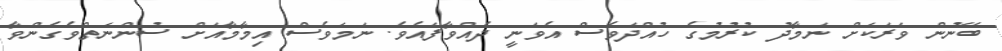
ބޭނުން ވަރަކަށް ނަމާދު ކުރުމުގެ ހުއްދަވެސް އެވަނީ ދެއްވާފައެވެ. ނަމަވެސް އިމާމާއަށް ސުންނަތްވެގެންވާ